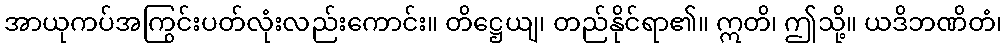
အာယုကပ်အကြွင်းပတ်လုံးလည်းကောင်း။ တိဋ္ဌေယျ၊ တည်နိုင်ရာ၏။ ဣတိ၊ ဤသို့။ ယဒိဘဏိတံ၊